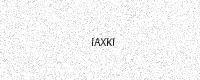
Text: IAXKI